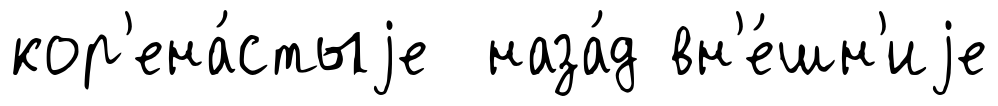
кор'ена́стыjе наза́д вн'е́шн'иjе